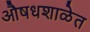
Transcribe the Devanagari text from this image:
औषधशाळेत